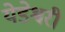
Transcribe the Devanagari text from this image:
येडेश्वरी